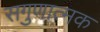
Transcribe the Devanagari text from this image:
सगुणात्मक